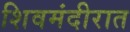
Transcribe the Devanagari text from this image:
शिवमंदीरात